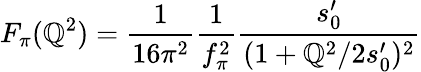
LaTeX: F_{\pi}(\mathbb{Q}^{2})=\frac{{1}}{{16\pi^{2}}}\frac{{1}}{{f_{\pi}^{2}}}\frac{{s_{0}^{\prime}}}{{(1+\mathbb{Q}^{2}/2s_{0}^{\prime})^{2}}}